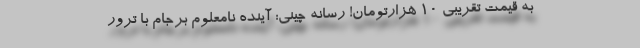
به قیمت تقریبی ۱۰ هزارتومان! رسانه چینی: آینده نامعلوم برجام با ترور